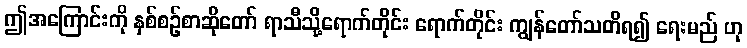
ဤအကြောင်းကို နှစ်စဉ်စာဆိုတော် ရာသီသို့ရောက်တိုင်း ရောက်တိုင်း ကျွန်တော်သတိရ၍ ရေးမည် ဟု